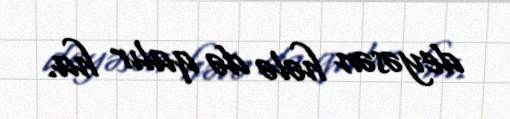
deyəsən hələ də qalır ha.